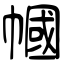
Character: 幗